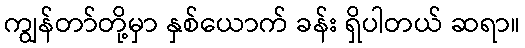
ကျွန်တာ်တို့မှာ နှစ်ယောက် ခန်း ရှိပါတယ် ဆရာ။